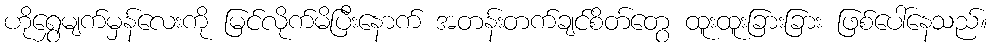
ဟိုရွှေမျက်မှန်လေးကို မြင်လိုက်မိပြီးနောက် အတန်းတက်ချင်စိတ်တွေ ထူးထူးခြားခြား ဖြစ်ပေါ်နေသည်။